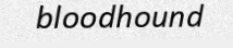
bloodhound